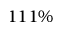
1 1 1 \%